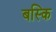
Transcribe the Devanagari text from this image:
बस्कि